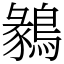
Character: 鶨